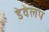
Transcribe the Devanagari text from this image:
डेवेलप